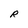
Character: R